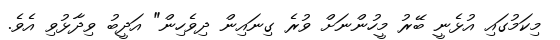
މިކަމުގައި އުޅެނީ ބޭރު މީހުންނަށް ވުރެ ގިނައިން ދިވެހިން" އަދީބު ވިދާޅުވި އެވެ.